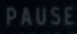
PAUSE